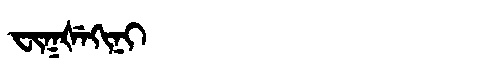
Manchu: ᠸᡳᡴᡧᡝᡴᡳᠨᡳ
Romanization: FIKŠEKINI